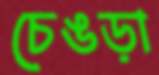
চেঙড়া